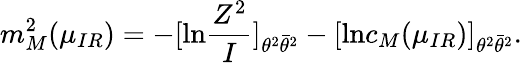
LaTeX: m_{M}^{2}(\mu_{IR})=-[\mathrm{ln}\frac{Z^{2}}{I}]_{\theta^{2}\bar{\theta}^{2}}-[\mathrm{ln}c_{M}(\mu_{IR})]_{\theta^{2}\bar{\theta}^{2}}.